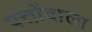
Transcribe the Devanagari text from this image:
पत्तोंवाला